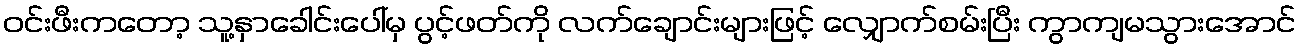
ဝင်းဖီးကတော့ သူ့နှာခေါင်းပေါ်မှ ပွင့်ဖတ်ကို လက်ချောင်းများဖြင့် လျှောက်စမ်းပြီး ကွာကျမသွားအောင်